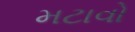
મટાવો